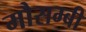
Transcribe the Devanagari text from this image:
मौसम्बी